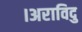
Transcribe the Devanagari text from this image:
।अराविदु